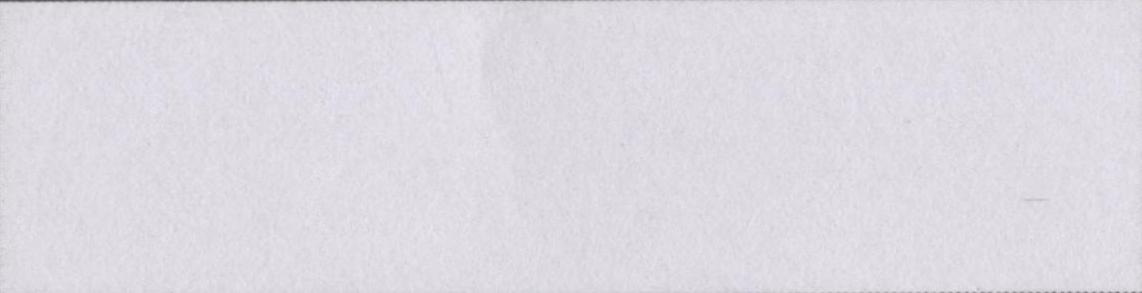
विद्यानिवास